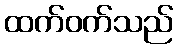
ထက်ဝက်သည်